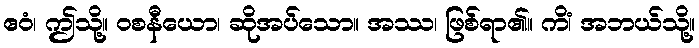
ဧဝံ၊ ဤသို့။ ဝစနီယော၊ ဆိုအပ်သော။ အဿ၊ ဖြစ်ရာ၏။ ကိံ၊ အဘယ်သို့။